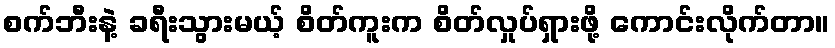
စက်ဘီးနဲ့ ခရီးသွားမယ့် စိတ်ကူးက စိတ်လှုပ်ရှားဖို့ ကောင်းလိုက်တာ။